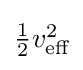
{\textstyle {\tfrac {1}{2}}v_{\text{eff}}^{2}}